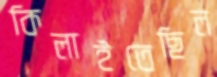
কিলাইতেছিল